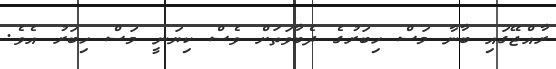
ރާއްޖޭގައި ބާނާ މަސް ހިބަރުގެ ދެބާވަތަށް ވެސް ކިޔަނީ މަސް ހިބަރު އެވެ.